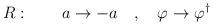
LaTeX: \begin{align*}R: \qquad a \rightarrow -a \quad , \quad\varphi \rightarrow\varphi^{\dagger}\end{align*}